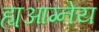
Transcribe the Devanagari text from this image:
ह्यआग्नेय